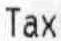
TAX